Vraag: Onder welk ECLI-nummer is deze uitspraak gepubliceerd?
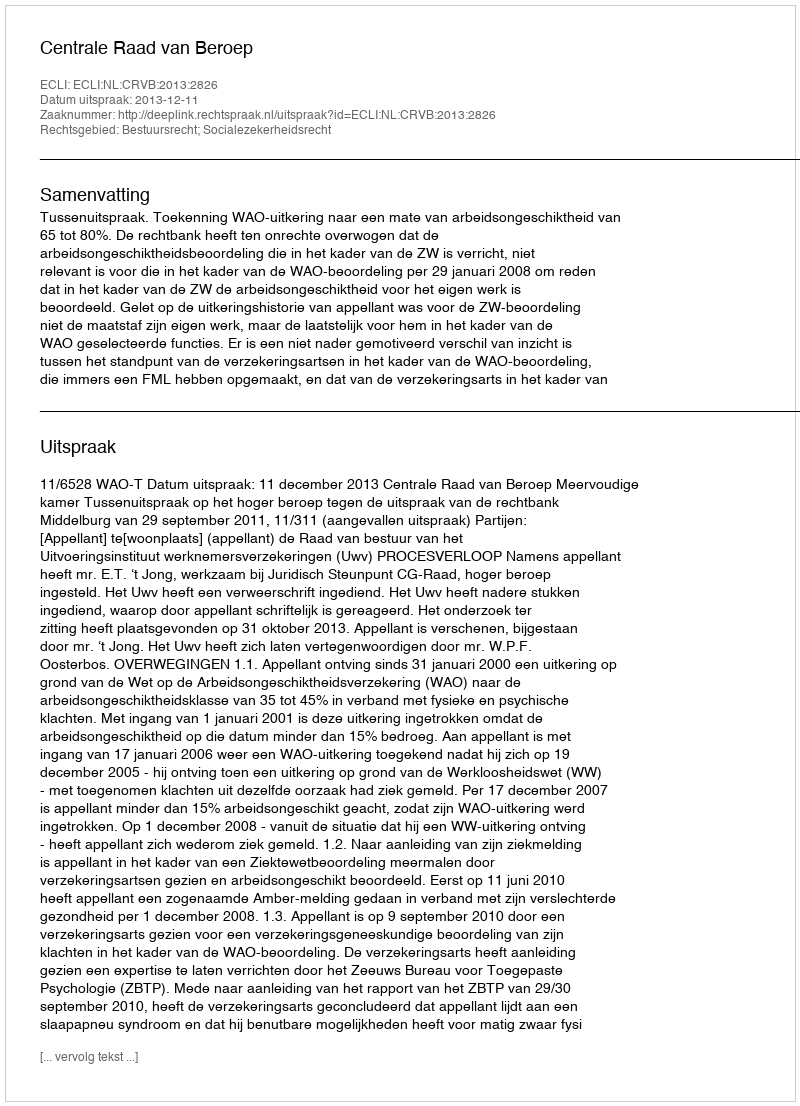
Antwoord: ECLI:NL:CRVB:2013:2826